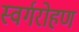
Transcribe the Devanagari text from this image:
स्वर्गरोहण